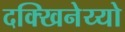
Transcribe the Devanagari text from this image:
दक्खिनेय्यो